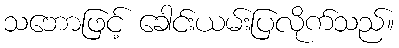
သဘောဖြင့် ခေါင်းယမ်းပြလိုက်သည်။